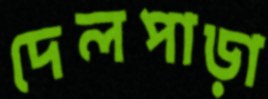
দেলপাড়া